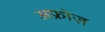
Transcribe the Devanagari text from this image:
अफ्रोज़